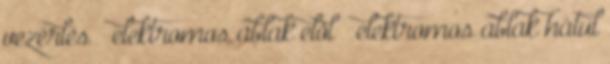
vezérlés – elektromos ablak elöl – elektromos ablak hátul